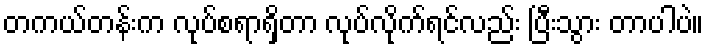
တကယ်တန်းက လုပ်စရာရှိတာ လုပ်လိုက်ရင်လည်း ပြီးသွား တာပါပဲ။